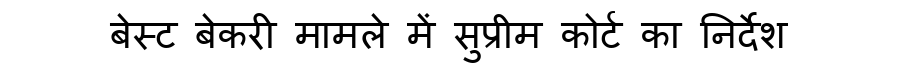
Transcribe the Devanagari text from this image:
बेस्ट बेकरी मामले में सुप्रीम कोर्ट का निर्देश